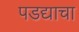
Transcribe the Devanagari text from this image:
पडद्याचा